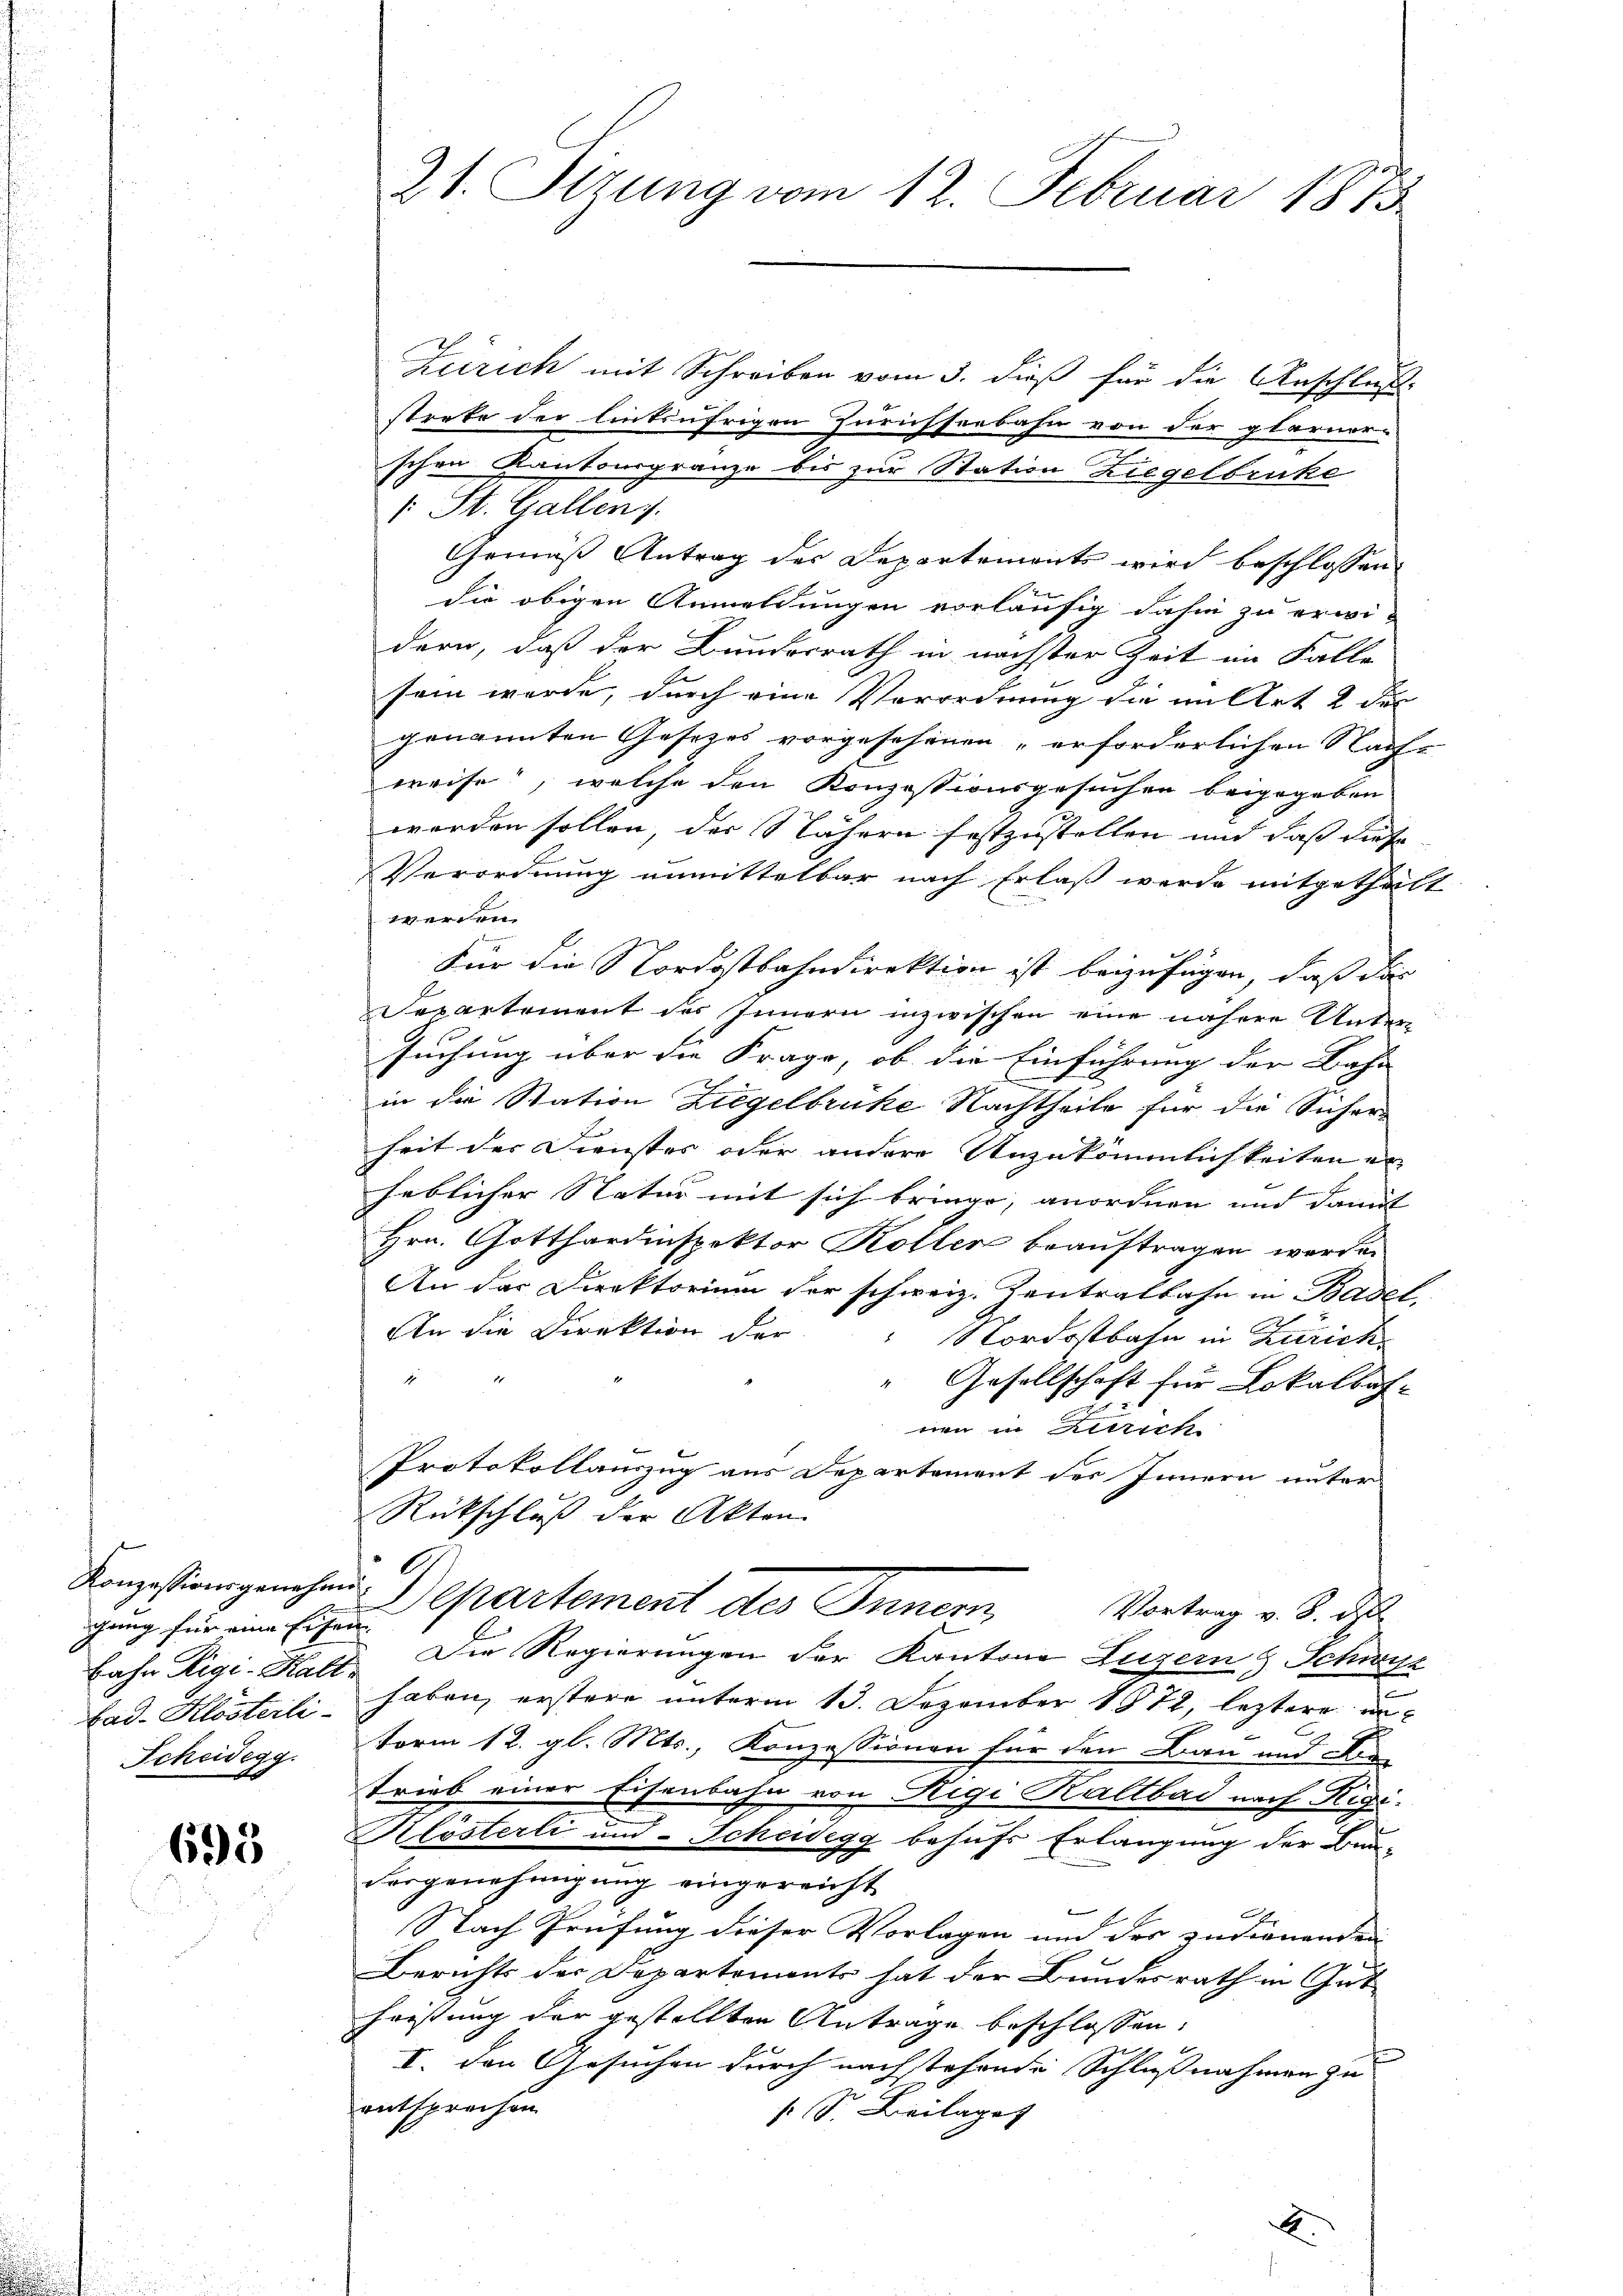
gang für eine Eigen
bad. Klosteili-
Scheidegg.

698

Zürich mit Schreiben vom 3. dieß für die Anschluße
strete der linksufrigen Zurichseebahn von der Glarner-
schen Kantonsgränze bis zur Station Ziegelbruke
 St. Gallen.
Gemäß Antrag des Departements wird beschlossen:
die obigen Anmeldungen vorläufig dahin zu erwi-
dern, daß der Bundesrath in nächster Zeit im Falle
sein werde, durch eine Verordnung die im Art 2 der
genannten Gesezes vorgesehenen erforderlichen Nach-
weise, welche den Konzessionsgesuchen beigegeben
werden sollen, der Nähern festzustellen und daß diese
Verordnung unmittelbar nach Erlaß werde mitgethält
werden.
Für die Nordostbahndirektion ist beizufügen, daß das
Departement des Innern inzwischen eine nähere Untersuchung über die Frage, ob die Einführung der Bahn
in die Station Ziegelbrüke Nachtheile für die Sicher
heit der Dienstes oder andere Unzukömmlichkeiten er
heblicher Natur mit sich bringe, anordnen und daruf
Hrn. Gotthardinspektor Koller beauftragen werde.
An das Direktorium der schweiz. Zentralbahn in Basel,
An die Direktion der
Nordostbahn in Zürich
"Gesellschaft für Lokalbah-
nen in Zürich
Protokollauszug aus Departement des Innern unter
Rückschluß der Akten.
A.
Konzessangenhaus partement des Innern,
Vortrag v. 8. d
bahn Rigi-Kalt. Die Regierungen der Kantone Luzern & Schwyz
haben, erstere unterm 13. Dezember 1872, leztere un¬
Form 12. gl. Mts., Konzessionen für den Bau und die-
trieb einer Eisenbahn von Rigi Kaltbad nach Rigi.
Klösterli und Scheidegg behufs Erlangung der Bun-
Vorgenehmigung eingereicht
r
Nach Prüfung dieser Vorlagen und des Indienenden
Berichts der Departements hat der Bundesrath in Gutheistung der gestellten Anträge beschlossen:
I. den Gesuchen durch nachstehende Schlußnahmen zu
entsprechen.
s S. Beilage

21. Sizung vom 12. Februar 1873.